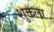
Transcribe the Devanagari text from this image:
शुक्तला